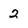
Character: 2